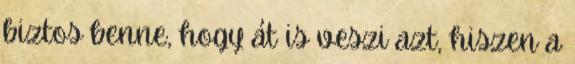
biztos benne, hogy át is veszi azt, hiszen a